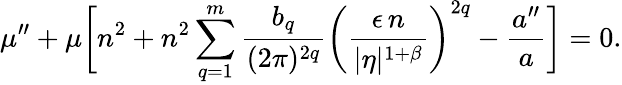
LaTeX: \mu^{\prime\prime}+\mu\biggl[n^{2}+n^{2}\sum_{q=1}^{m}\frac{b_{q}}{(2\pi)^{2q}}\biggl(\frac{\epsilon\, n}{\vert\eta\vert^{1+\beta}}\biggr)^{2q}-\frac{a^{\prime\prime}}{a}\biggr]=0.